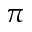
\pi